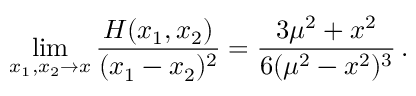
\operatorname * { l i m } _ { x _ { 1 } , x _ { 2 } \to x } \frac { H ( x _ { 1 } , x _ { 2 } ) } { ( x _ { 1 } - x _ { 2 } ) ^ { 2 } } = \frac { 3 \mu ^ { 2 } + x ^ { 2 } } { 6 ( \mu ^ { 2 } - x ^ { 2 } ) ^ { 3 } } \, .